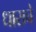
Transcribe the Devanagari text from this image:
धाराचे